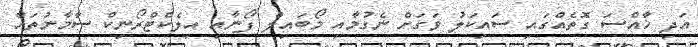
އަދި ޚާއްސަ ގޮތެއްގައި ސައިކަލު ވަގަށް ނެގުމާއި މޯބައިލް ފޯނާއި އިލެކްޓްރޯނިކް ސާމާނުތައް